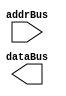

module InstructionMem ( addrBus, dataBus );
  input [4:0] addrBus;
  output [7:0] dataBus;


endmodule